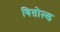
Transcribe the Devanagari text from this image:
वितोल्ड